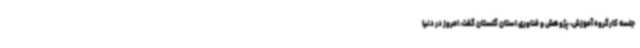
جلسه کارگروه آموزش، پژوهش و فناوری استان گلستان گفت: امروز در دنیا